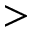
>